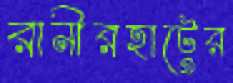
রানীরহাটের